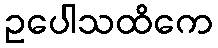
ဥပေါသထိကေ